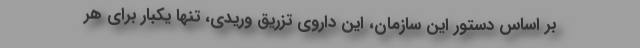
بر اساس دستور این سازمان، این داروی تزریق وریدی، تنها یکبار برای هر